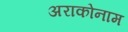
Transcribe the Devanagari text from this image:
अराकोनाम